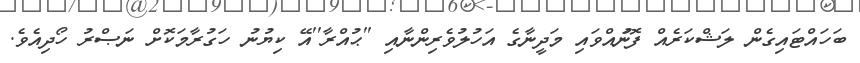
ބަހައްޓައިގެން ލަޝްކަރެއް ފޮނުައްވައި މަދީނާގެ އަހުލުވެރިންނާއި ''ޙުއްރާ''އޭ ކިޔުނު ހަގުރާމަކޮށް ނަޞްރު ހޯދިއެވެ.